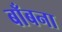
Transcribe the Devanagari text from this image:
बाँबना